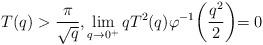
LaTeX: \begin{align*}T(q)>\frac{\pi}{\sqrt{q}}, \lim_{q\to 0^+}qT^2(q)\varphi^{-1}\biggl(\frac{q^2}{2}\biggl)= 0\end{align*}